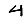
Digit: 4